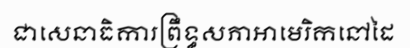
ជាសេនាធិការព្រឹទ្ធសភាអាមេរិកនៅដៃ